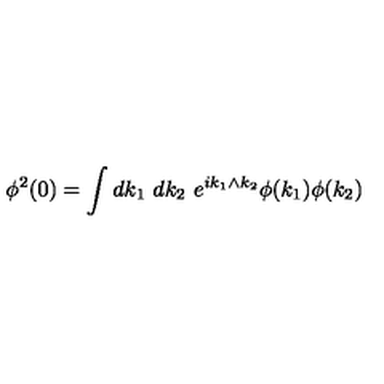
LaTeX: \phi ^ { 2 } ( 0 ) = \int d k _ { 1 } \ d k _ { 2 } \ e ^ { i k _ { 1 } \wedge k _ { 2 } } \phi ( k _ { 1 } ) \phi ( k _ { 2 } )